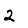
Digit: 2